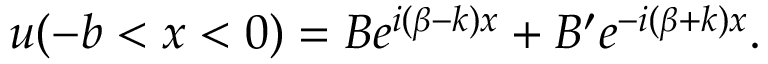
u ( - b < x < 0 ) = B e ^ { i ( \beta - k ) x } + B ^ { \prime } e ^ { - i ( \beta + k ) x } .